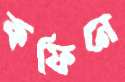
কফিনে